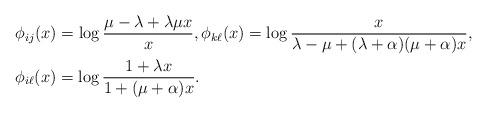
LaTeX: \begin{align*}&\phi_{ij}(x)=\log\frac{\mu-\lambda+\lambda\mu x}{x},\phi_{k\ell}(x)=\log\frac{x}{\lambda-\mu+(\lambda+\alpha)(\mu+\alpha)x},\\&\phi_{i\ell}(x)=\log\frac{1+\lambda x}{1+(\mu+\alpha)x}.\end{align*}